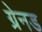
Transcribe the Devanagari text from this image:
ग्रेनड